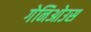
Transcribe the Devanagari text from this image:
गेनिओउस